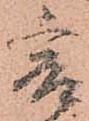
爰